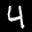
Label: 4